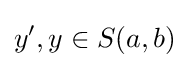
y',y\in S(a,b)